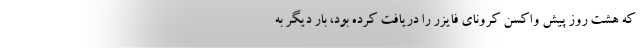
که هشت روز پیش واکسن کرونای فایزر را دریافت کرده بود، بار دیگر به